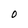
Character: O